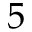
5